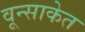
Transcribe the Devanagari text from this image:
वून्साकेत